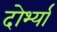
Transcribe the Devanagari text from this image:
दोर्भ्यां